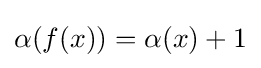
\alpha (f(x))=\alpha (x)+1